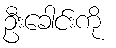
ဦးခေါင်းကို